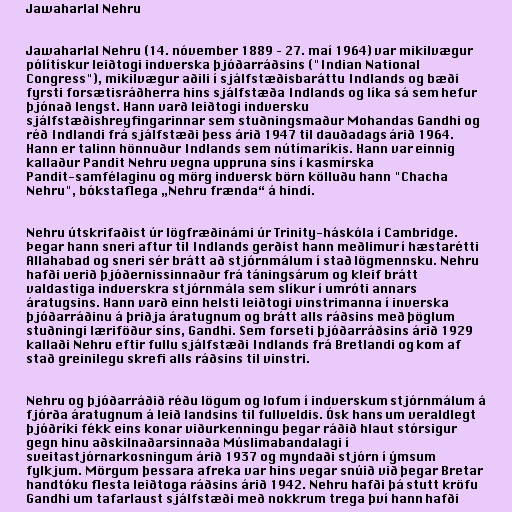
Jawaharlal Nehru

Jawaharlal Nehru (14. nóvember 1889 – 27. maí 1964) var mikilvægur
pólítískur leiðtogi indverska þjóðarráðsins ("Indian National
Congress"), mikilvægur aðili í sjálfstæðisbaráttu Indlands og bæði
fyrsti forsætisráðherra hins sjálfstæða Indlands og líka sá sem hefur
þjónað lengst. Hann varð leiðtogi indversku
sjálfstæðishreyfingarinnar sem stuðningsmaður Mohandas Gandhi og
réð Indlandi frá sjálfstæði þess árið 1947 til dauðadags árið 1964.
Hann er talinn hönnuður Indlands sem nútímaríkis. Hann var einnig
kallaður Pandit Nehru vegna uppruna síns í kasmírska
Pandit-samfélaginu og mörg indversk börn kölluðu hann "Chacha
Nehru", bókstaflega „Nehru frænda“ á hindí.

Nehru útskrifaðist úr lögfræðinámi úr Trinity-háskóla í Cambridge.
Þegar hann sneri aftur til Indlands gerðist hann meðlimur í hæstarétti
Allahabad og sneri sér brátt að stjórnmálum í stað lögmennsku. Nehru
hafði verið þjóðernissinnaður frá táningsárum og kleif brátt
valdastiga indverskra stjórnmála sem slíkur í umróti annars
áratugsins. Hann varð einn helsti leiðtogi vinstrimanna í inverska
þjóðarráðinu á þriðja áratugnum og brátt alls ráðsins með þöglum
stuðningi læriföður síns, Gandhi. Sem forseti þjóðarráðsins árið 1929
kallaði Nehru eftir fullu sjálfstæði Indlands frá Bretlandi og kom af
stað greinilegu skrefi alls ráðsins til vinstri.

Nehru og þjóðarráðið réðu lögum og lofum í indverskum stjórnmálum á
fjórða áratugnum á leið landsins til fullveldis. Ósk hans um veraldlegt
þjóðríki fékk eins konar viðurkenningu þegar ráðið hlaut stórsigur
gegn hinu aðskilnaðarsinnaða Múslimabandalagi í
sveitastjórnarkosningum árið 1937 og myndaði stjórn í ýmsum
fylkjum. Mörgum þessara afreka var hins vegar snúið við þegar Bretar
handtóku flesta leiðtoga ráðsins árið 1942. Nehru hafði þá stutt kröfu
Gandhi um tafarlaust sjálfstæði með nokkrum trega því hann hafði